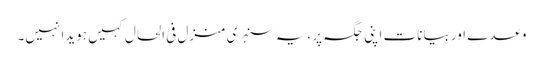
وعدے اور بیانات اپنی جگہ پر ،یہ سنہری منزل فی الحال کہیں ہویدا نہیں۔